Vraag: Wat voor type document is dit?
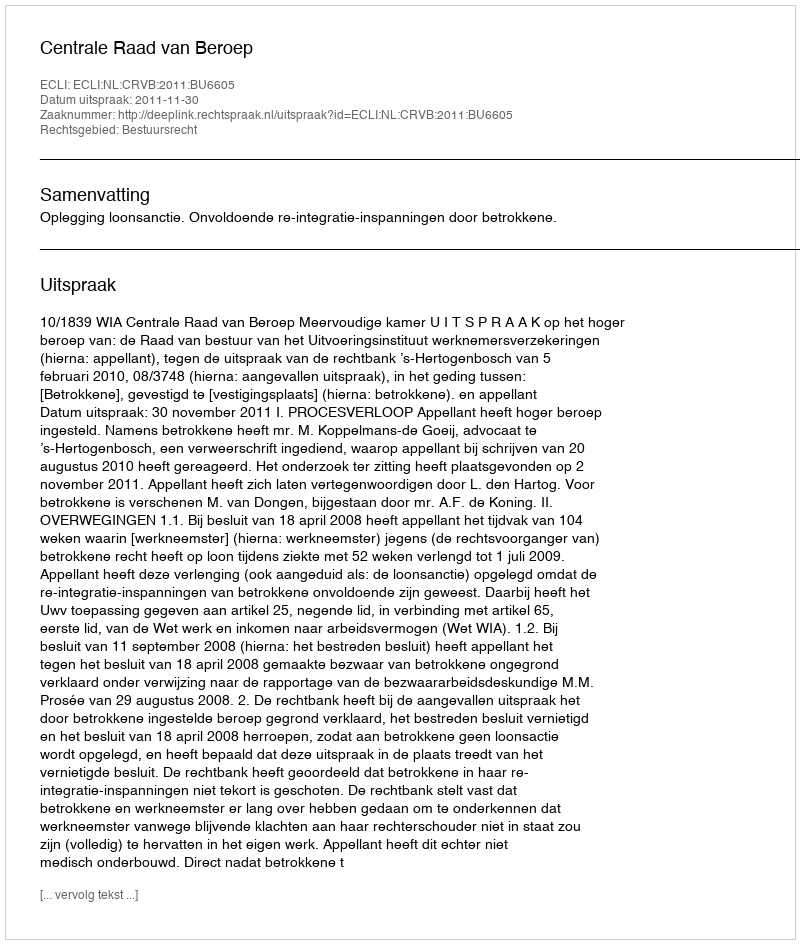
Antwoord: Uitspraak